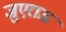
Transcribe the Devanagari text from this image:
जुएराऊ